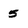
Character: 5